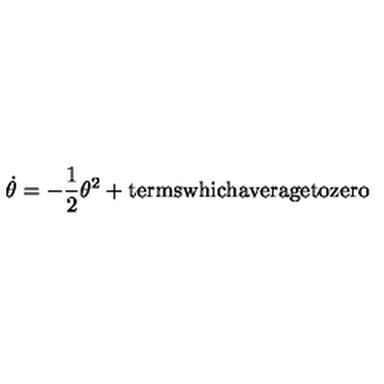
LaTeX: \dot { \theta } = - \frac { 1 } { 2 } \theta ^ { 2 } + \mathrm { t e r m s w h i c h a v e r a g e t o z e r o }